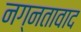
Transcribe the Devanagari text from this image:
नग्नतावाद